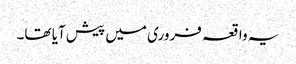
یہ واقعہ فروری میں پیش آیا تھا۔